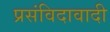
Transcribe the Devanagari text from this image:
प्रसंविदावादी